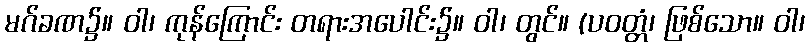
မဂ်ခဏ၌။ ဝါ၊ ကုန်ကြောင်း တရားအပေါင်း၌။ ဝါ၊ တွင်။ (ပဝတ္တံ၊ ဖြစ်သော။ ဝါ၊